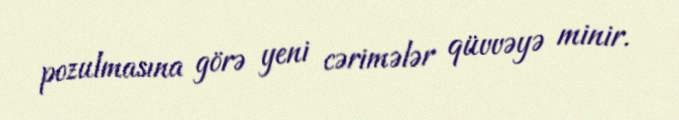
pozulmasına görə yeni cərimələr qüvvəyə minir.